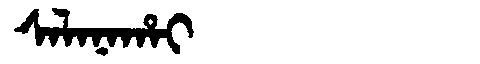
Manchu: ᠰᠠᠯᠠᠨᠠᡥᠠᡳ
Romanization: SALANAHAI